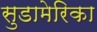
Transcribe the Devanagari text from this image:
सुडामेरिका